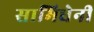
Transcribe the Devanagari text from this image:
सामिधेनी